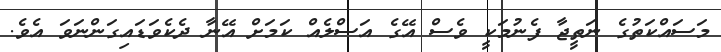
މަސައްކަތުގެ ނަތީޖާ ފެނުމަކީ ވެސް އޭގެ އަސްލެއް ކަމަށް އޭނާ ދެކެވަޑައިގަންނަވަ އެވެ.